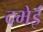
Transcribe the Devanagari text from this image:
दभेई